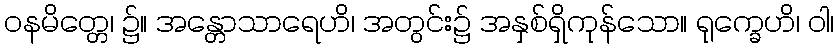
ဝနမိတ္တေ၊ ၌။ အန္တောသာရေဟိ၊ အတွင်း၌ အနှစ်ရှိကုန်သော။ ရုက္ခေဟိ၊ ဝါ၊